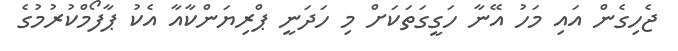
ޖެހިގެން އައި މަހު އޭނާ ހަގީގަތަކަށް މި ހަދަނީ ޕްރިޔަންކާއާ އެކު ޕާފޯމްކުރުމުގެ